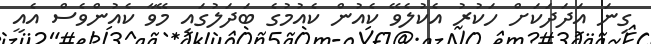
ގިނަ އަދަދަކަށް ހަކުރު އެކުލެވޭ ކެއުން ކެއުމުގެ ބަދަލުގައި މޭވާ ކެއުންވެސް އެއީ